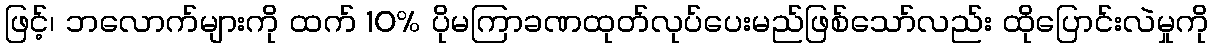
ဖြင့်၊ ဘလောက်များကို ထက် 10% ပိုမကြာခဏထုတ်လုပ်ပေးမည်ဖြစ်သော်လည်း ထိုပြောင်းလဲမှုကို